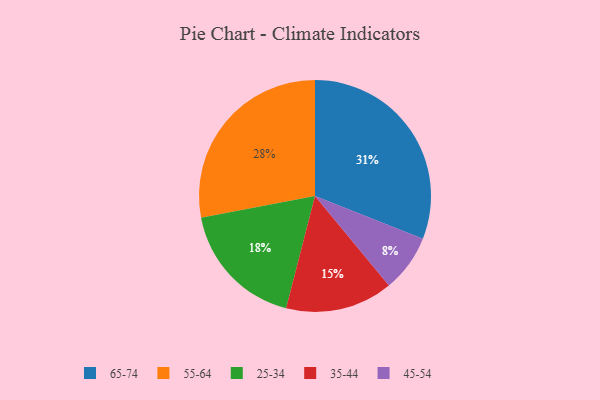
{"axis": {"x": "Category", "y": "Percentage"}, "legend": ["25-34", "35-44", "45-54", "55-64", "65-74"], "data": [{"x": "35-44", "y": 15, "type": "35-44"}, {"x": "55-64", "y": 28, "type": "55-64"}, {"x": "25-34", "y": 18, "type": "25-34"}, {"x": "45-54", "y": 8, "type": "45-54"}, {"x": "65-74", "y": 31, "type": "65-74"}]}